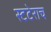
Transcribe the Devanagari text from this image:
स्टटेराच